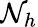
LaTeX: \mathcal{N}_{h}